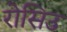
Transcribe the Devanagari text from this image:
रोसिउ